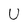
Character: U